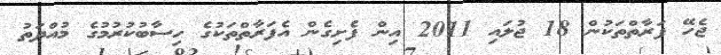
ޖެހޭ ފަރާތްތަކުން 18 ޖުލައި 2011 އިން ފެށިގެން އެފަރާތްތަކުގެ ހިސާބުކުރުމުގެ މުއްދަތު